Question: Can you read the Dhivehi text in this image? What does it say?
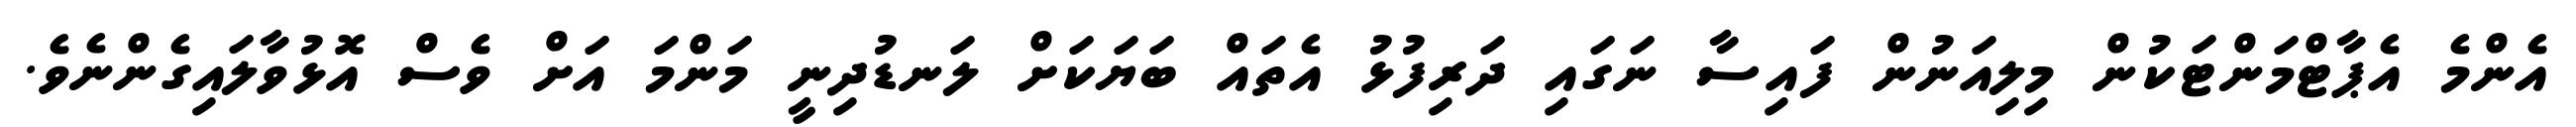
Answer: އެންމެ އެޕާޓްމަންޓަކުން މިލިއަނުން ފައިސާ ނަގައި ދަރިފުޅު އެތައް ބަޔަކަށް ލަނޑުދިނީ މަންމަ އަށް ވެސް އޮޅުވާލައިގެންނެވެ.